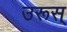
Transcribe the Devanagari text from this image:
उरूस्